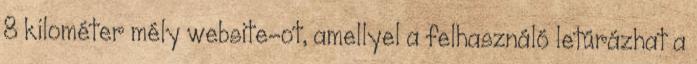
8 kilométer mély website-ot, amellyel a felhasználó letúrázhat a